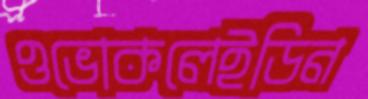
ওভোকলেইডিন